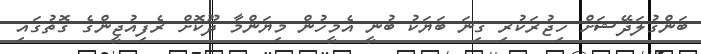
ބަންގުލަދޭޝަށް ހިޖުރަކުރި ގިނަ ބަޔަކު ބުނީ އެމީހުން މިޔަންމާ ދޫކޮށް ރެފިއުޖީންގެ ގޮތުގައި